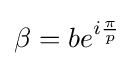
\beta =be^{i{\frac {\pi }{p}}}